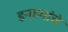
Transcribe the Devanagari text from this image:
डनहमांचे